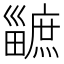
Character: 𤳯